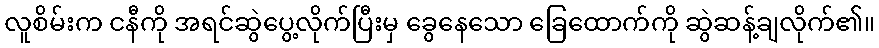
လူစိမ်းက ငနီကို အရင်ဆွဲပွေ့လိုက်ပြီးမှ ခွေနေသော ခြေထောက်ကို ဆွဲဆန့်ချလိုက်၏။